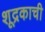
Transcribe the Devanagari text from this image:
शूद्रकाची